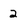
Character: 2